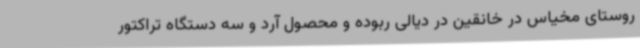
روستای مخیاس در خانقین در دیالی ربوده و محصول آرد و سه دستگاه تراکتور